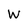
Character: W